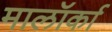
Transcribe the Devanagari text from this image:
मालॉर्का